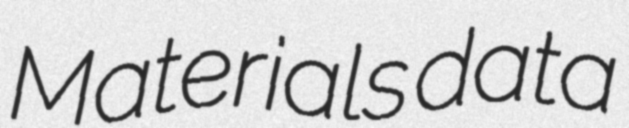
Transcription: Materials data